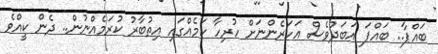
ބައްޕާ.. ބައްޕަ އަބަދުވެސް އަހަރެންނަށް ހުރިހާ ކަމެއްގައި އިތުބާރު ކުރަމެއްނުން.. ދެން ކީއްވެ